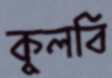
কুলবি